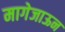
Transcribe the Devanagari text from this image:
मागेजाऊन